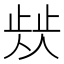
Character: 𣦁